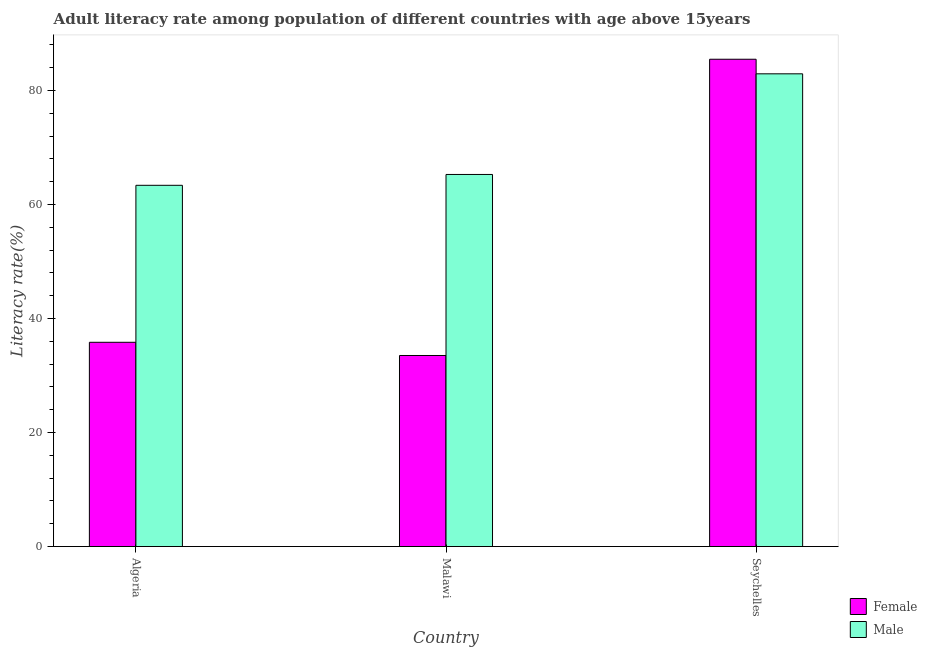
| Country | Female | Male |
 | --- | --- | --- |
 | Algeria | 35.8 | 63.4 |
 | Malawi | 33.5 | 65.3 |
 | Seychelles | 85.5 | 82.9 |